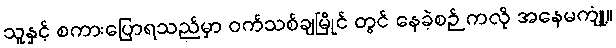
သူနှင့် စကားပြောရသည်မှာ ဝက်သစ်ချမြိုင် တွင် နေခဲ့စဉ် ကလို အနေမကျုံ့။